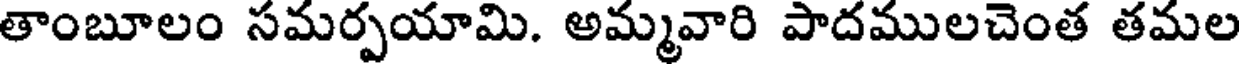
తాంబూలం సమర్పయామి. అమ్మవారి పాదములచెంత తమల